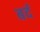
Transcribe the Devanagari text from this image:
बर्द